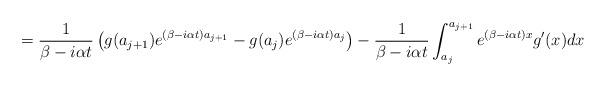
LaTeX: \begin{align*}=\frac{1}{\beta-i\alpha t}\left(g(a_{j+1})e^{(\beta-i\alpha t)a_{j+1}}-g(a_j)e^{(\beta- i \alpha t)a_j}\right) -\frac{1}{\beta-i \alpha t} \int_{a_j}^{a_{j+1}} e^{(\beta-i\alpha t)x} g^{\prime}(x)dx\end{align*}